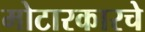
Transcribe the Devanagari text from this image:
मोटारकारचे